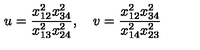
u = \frac { x _ { 1 2 } ^ { 2 } x _ { 3 4 } ^ { 2 } } { x _ { 1 3 } ^ { 2 } x _ { 2 4 } ^ { 2 } } , \quad v = \frac { x _ { 1 2 } ^ { 2 } x _ { 3 4 } ^ { 2 } } { x _ { 1 4 } ^ { 2 } x _ { 2 3 } ^ { 2 } }